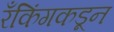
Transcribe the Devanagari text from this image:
रँकिंगकडून